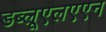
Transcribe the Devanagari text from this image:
डब्लूएलएएन